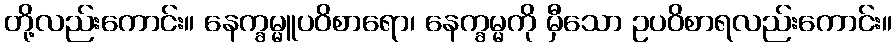
တို့လည်းကောင်း။ နေက္ခမ္မူပဝိစာရော၊ နေက္ခမ္မကို မှီသော ဥပဝိစာရလည်းကောင်း။